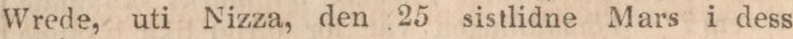
Wrede, uti Nizza, den 25 sistlidne Mars i dess